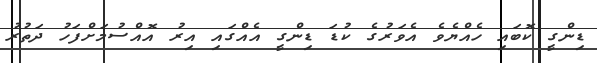
ޑިންގީ ކޮބައި ހެއްޔެވެ އެވަރުގެ ކުޑަ ޑިންގީ އެއްގައި އިރު އޮއްސުމަށްފަހު ދަތުރު